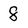
Character: 8